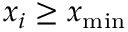
x _ { i } \geq x _ { \operatorname* { m i n } }